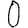
Digit: 0